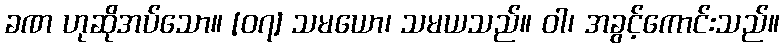
ခဏ ဟုဆိုအပ်သော။ [၀၇] သမယော၊ သမယသည်။ ဝါ၊ အခွင့်ကောင်းသည်။